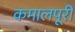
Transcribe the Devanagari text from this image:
कमालपूरी